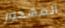
المهجور